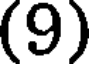
(9)